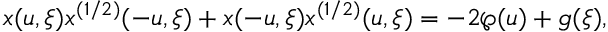
x ( u , \xi ) x ^ { ( 1 / 2 ) } ( - u , \xi ) + x ( - u , \xi ) x ^ { ( 1 / 2 ) } ( u , \xi ) = - 2 \wp ( u ) + g ( \xi ) ,